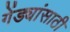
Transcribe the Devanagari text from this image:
गेंड्यांसाठी